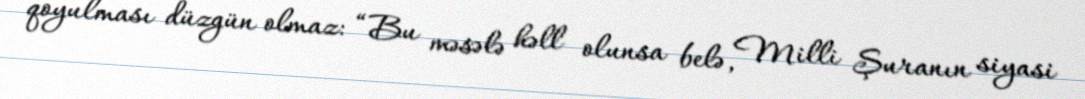
qoyulması düzgün olmaz: “Bu məsələ həll olunsa belə, Milli Şuranın siyasi